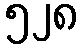
၅၂၈